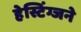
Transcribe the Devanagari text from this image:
हेस्टिंग्जने